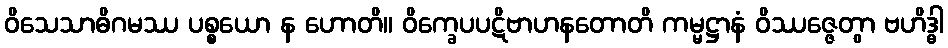
ဝိသေသာဓိဂမဿ ပစ္စယော န ဟောတိ။ ဝိက္ခေပပဋိဗာဟနတောတိ ကမ္မဋ္ဌာနံ ဝိဿဇ္ဇေတွာ ဗဟိဒ္ဓါ